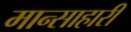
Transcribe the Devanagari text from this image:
मान्साहारी